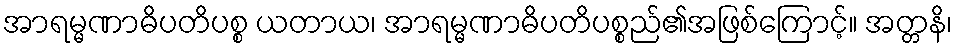
အာရမ္မဏာဓိပတိပစ္စ ယတာယ၊ အာရမ္မဏာဓိပတိပစ္စည်၏အဖြစ်ကြောင့်။ အတ္တနိ၊